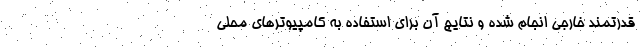
قدرتمند خارجی انجام شده و نتایج آن برای استفاده به کامپیوترهای محلی